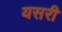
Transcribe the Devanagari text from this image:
यसरी